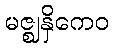
မဇ္ဈနှိကေဝ